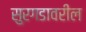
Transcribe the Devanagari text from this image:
सुरगडावरील